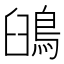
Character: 䳎